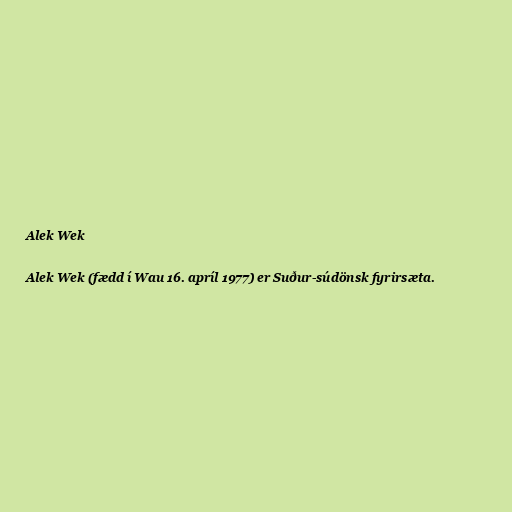
Alek Wek

Alek Wek (fædd í Wau 16. apríl 1977) er Suður-súdönsk fyrirsæta.